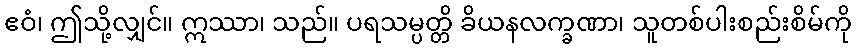
ဧဝံ၊ ဤသို့လျှင်။ ဣဿာ၊ သည်။ ပရသမ္ပတ္တိ ခိယနလက္ခဏာ၊ သူတစ်ပါးစည်းစိမ်ကို